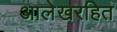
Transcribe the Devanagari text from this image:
आलेखरहित